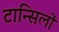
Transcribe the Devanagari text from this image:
टान्सिलों